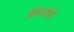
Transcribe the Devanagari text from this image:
किलोमी।